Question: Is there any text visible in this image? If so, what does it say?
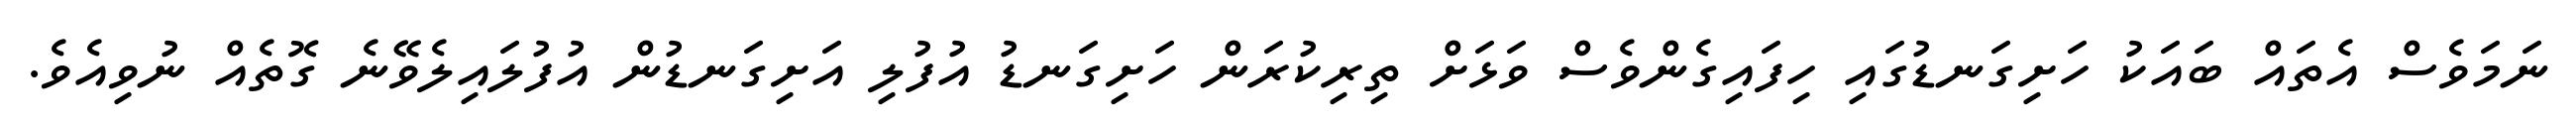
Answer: ނަމަވެސް އެތައް ބައަކު ހަށިގަނޑުގައި ހިފައިގެންވެސް ވަޅަށް ތިރިކުރަން ހަށިގަނޑު އުފުލި އަށިގަނޑުން އުފުލައިލެވޭނެ ގޮތެއް ނުވިއެވެ.